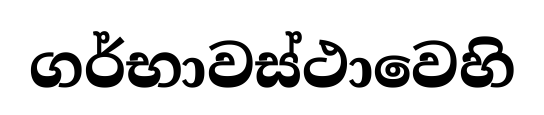
ගර්භාවස්ථාවෙහි